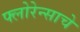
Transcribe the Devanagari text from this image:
फ्लोरेन्साचे